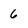
Character: 6